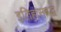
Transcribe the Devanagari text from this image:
इतिहासबद्ध